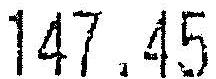
147.45